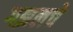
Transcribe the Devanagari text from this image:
गझलचे